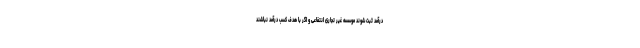
درآمد ثبت شوند موسسه غیر تجاری انتفاعی و اگر با هدف کسب درآمد نباشند